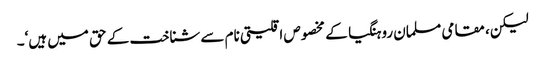
لیکن، مقامی مسلمان روہنگیا کے مخصوص اقلیتی نام سے شناخت کے حق میں ہیں‘۔